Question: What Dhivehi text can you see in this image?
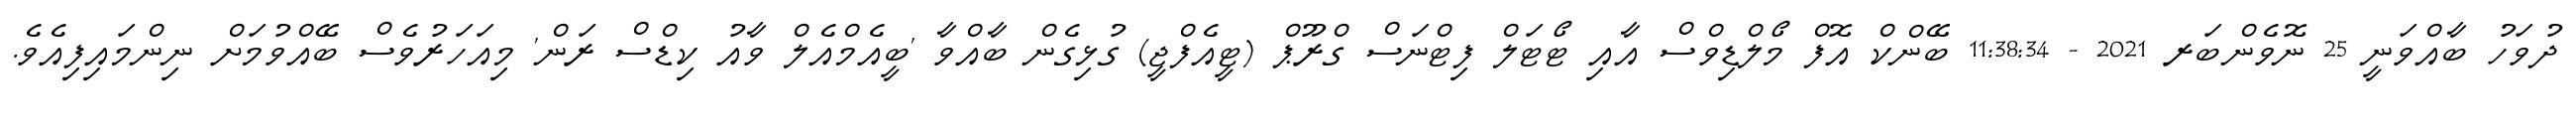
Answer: ދުވަހު ބާއްވަނީ 25 ނޮވެންބަރ 2021 - 11:38:34 ބޭންކް އޮފް މޯލްޑިވްސް އާއި ޓޯޓަލް ފިޓްނަސް ގްރޫޕް (ޓީއެފްޖީ) ގުޅިގެން ބާއްވާ 'ބީއެމްއެލް ވާއު ކިޑްސް ރަން' މިއަހަރުވެސް ބޭއްވުމަށް ނިންމައިފިއެވެ.